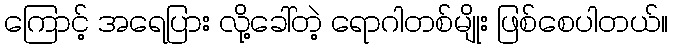
ကြောင့် အရေပြား လို့ခေါ်တဲ့ ရောဂါတစ်မျိုး ဖြစ်စေပါတယ်။